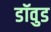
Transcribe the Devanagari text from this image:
डॉवुड